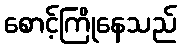
စောင့်ကြိုနေသည်